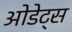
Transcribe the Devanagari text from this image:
ओडेट्स